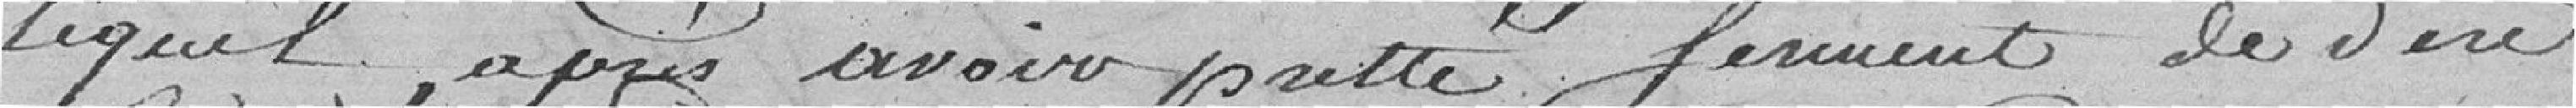
lequel, après avoir prêté (pretté) serment de dire